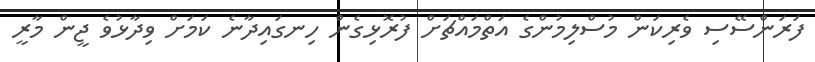
ފަރަންސޭސި ވެރިކަން މުސްލިމުންގެ އަތްމައްޗަށް ފުރޮޅިގެން ހިނގައިދާނެ ކަމަށް ވިދާޅުވެ ޖީން މާރީ